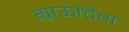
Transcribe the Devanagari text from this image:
ग्राऊटिंग